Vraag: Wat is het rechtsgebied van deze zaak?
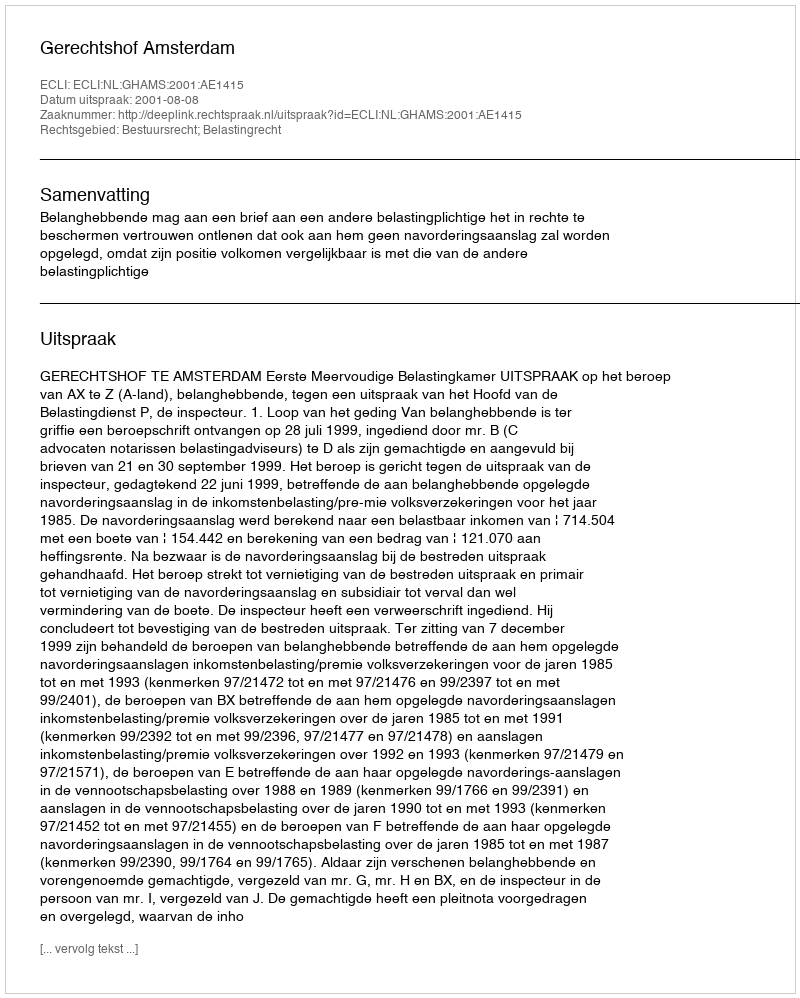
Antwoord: Bestuursrecht; Belastingrecht